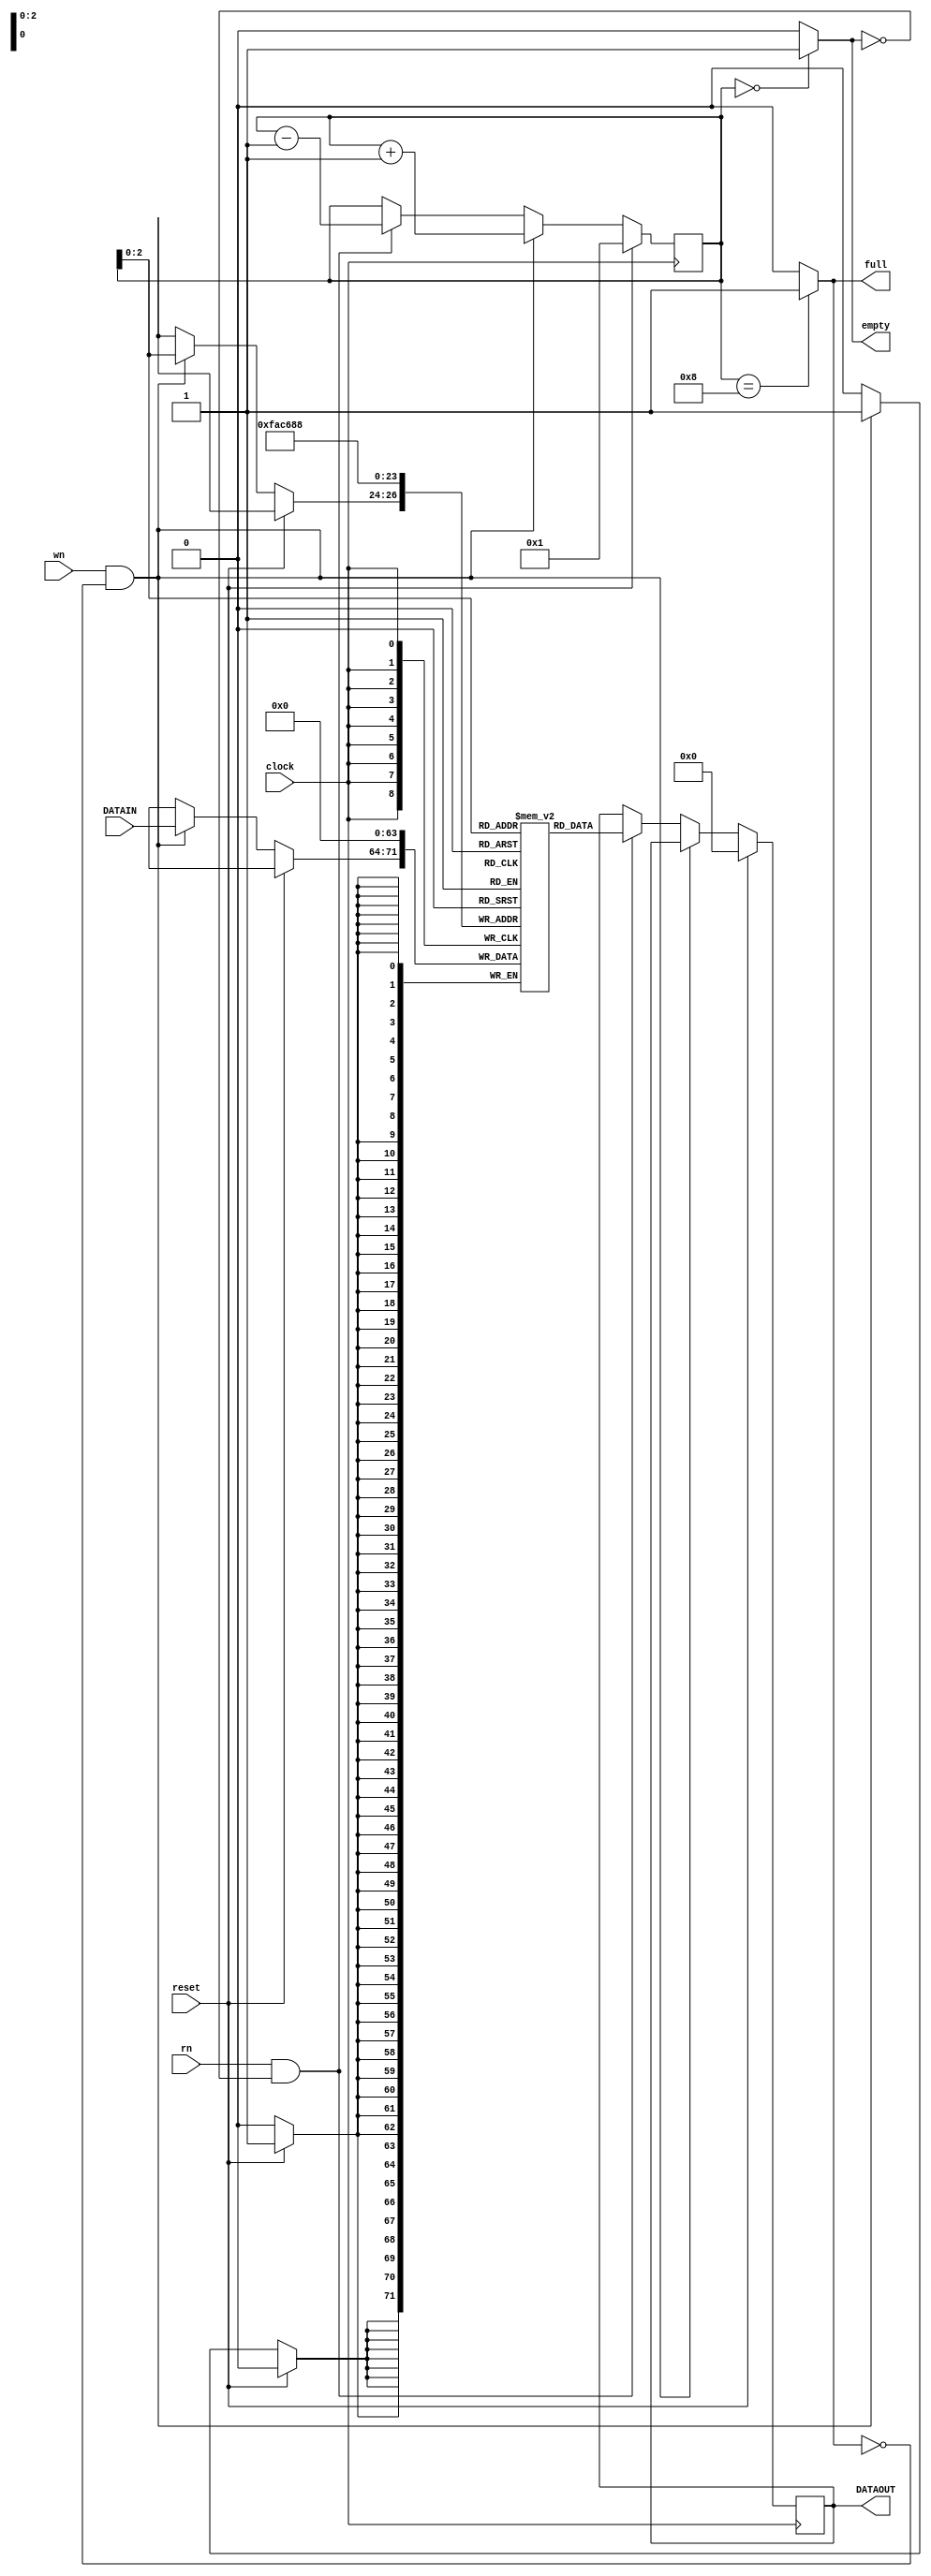
module jLIFO(DATAOUT, full, empty, clock, reset, wn, rn, DATAIN);
  output reg [7:0] DATAOUT;
  output full, empty;
  input [7:0] DATAIN;
  input clock, reset, wn, rn; 
  
  reg [3:0] sp; 
  reg [7:0] memory [7:0]; 
  
  assign full = (sp == 4'b1000) ? 1 : 0;
  assign empty = (sp == 4'b0000) ? 1 : 0;
  
  always @(posedge clock)
  begin
    if (reset)
      begin
        memory[0] <= 0; memory[1] <= 0; memory[2] <= 0; memory[3] <= 0;
        memory[4] <= 0; memory[5] <= 0; memory[6] <= 0; memory[7] <= 0;
        DATAOUT <= 0; sp <= 1;
      end
    else if (wn & !full)
      begin
        memory[sp] <= DATAIN;
        sp <= sp + 1;
      end
    else if (rn & !empty)
      begin
        sp <= sp - 1;
        DATAOUT <= memory[sp];
      end
  end
endmodule